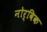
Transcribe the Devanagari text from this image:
नोर्विक